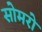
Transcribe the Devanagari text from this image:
सोमरो